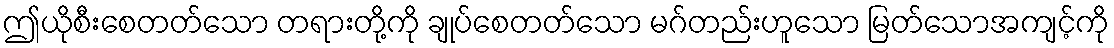
ဤယိုစီးစေတတ်သော တရားတို့ကို ချုပ်စေတတ်သော မဂ်တည်းဟူသော မြတ်သောအကျင့်ကို